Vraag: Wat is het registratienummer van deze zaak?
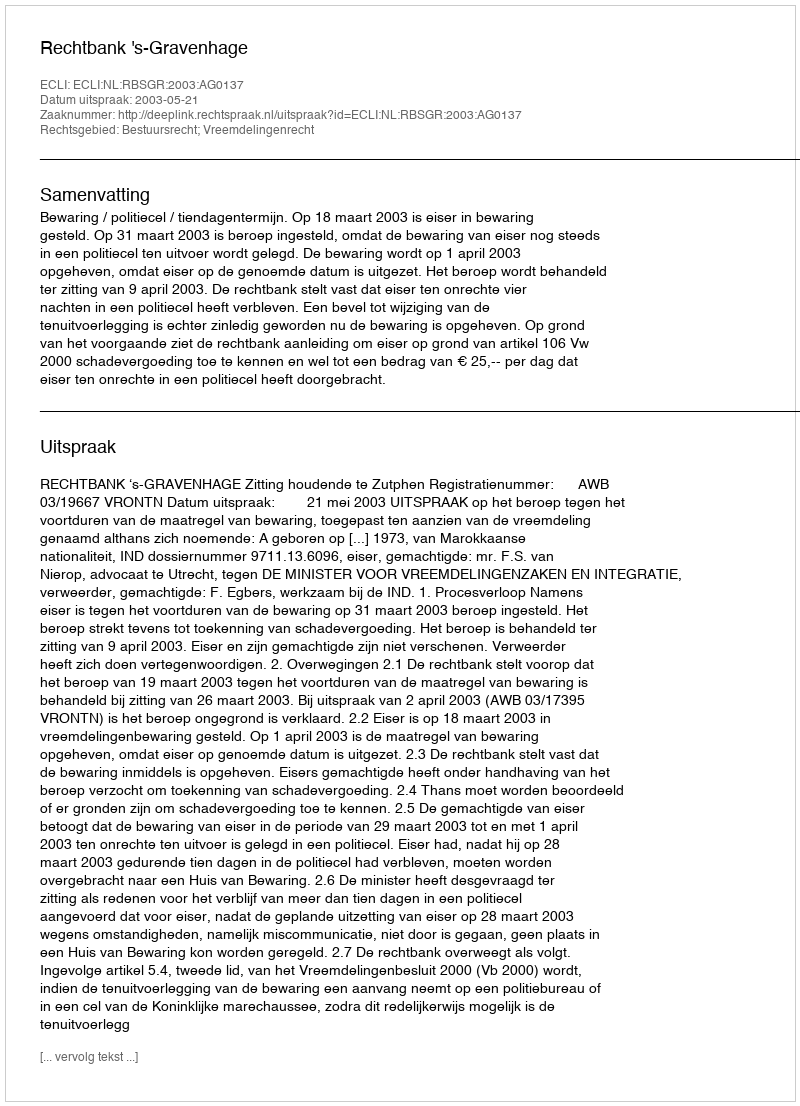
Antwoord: http://deeplink.rechtspraak.nl/uitspraak?id=ECLI:NL:RBSGR:2003:AG0137